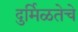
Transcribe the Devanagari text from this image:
दुर्मिळतेचे